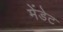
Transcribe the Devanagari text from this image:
मेंडेट